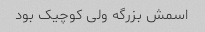
اسمش بزرگه ولی کوچیک بود